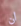
ان